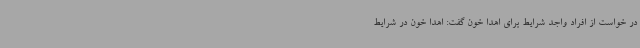
در خواست از افراد واجد شرایط برای اهدا خون گفت: اهدا خون در شرایط